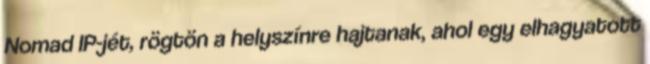
Nomad IP-jét, rögtön a helyszínre hajtanak, ahol egy elhagyatott